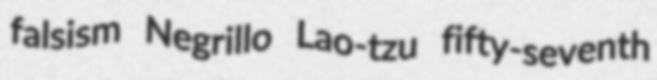
falsism Negrillo Lao-tzu fifty-seventh